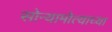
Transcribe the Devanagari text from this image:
सोन्यामोत्याच्या